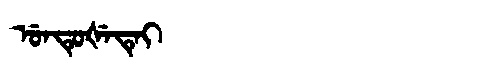
Manchu: ᡠᠨᡨᡠᡧᡝᡨᡝᡳ
Romanization: UNTUŠETEI